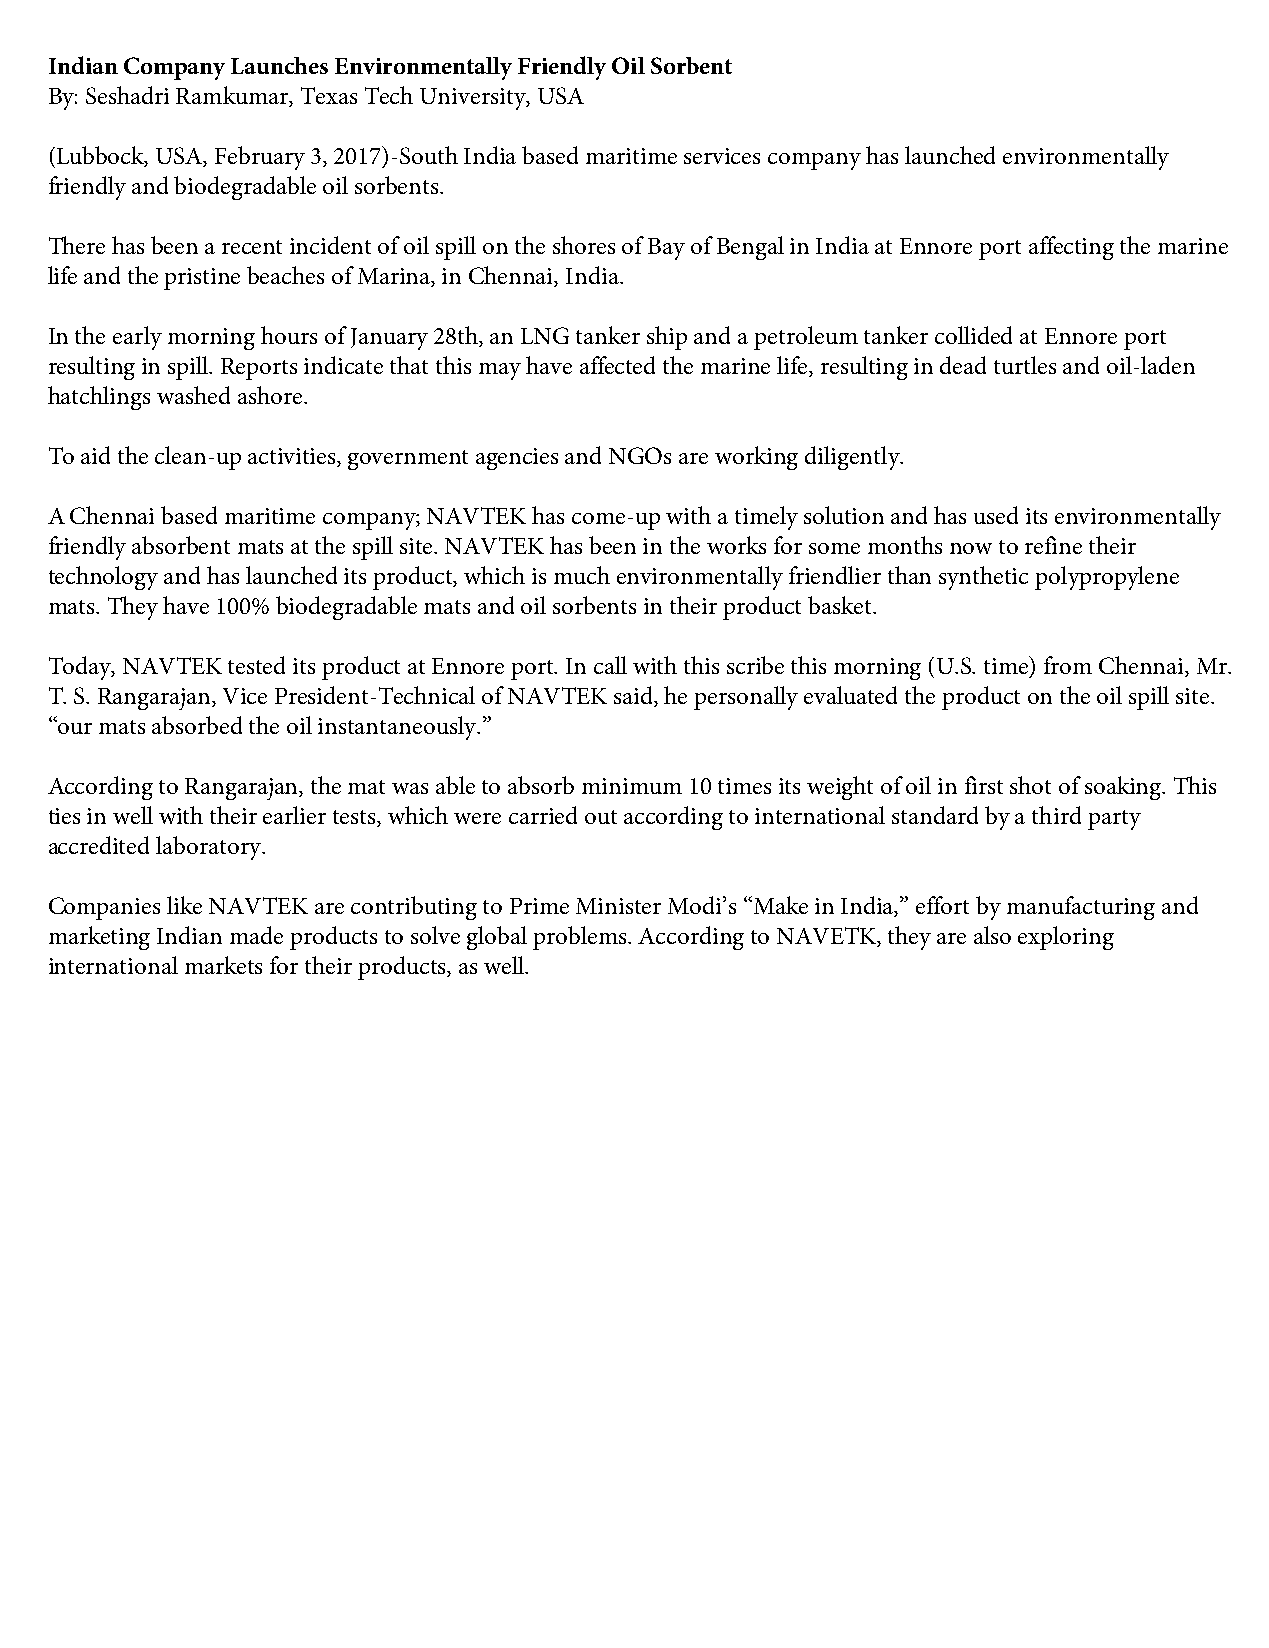
Indian Company Launches Environmentally Friendly Oil Sorbent
 By: Seshadri Ramkumar, Texas Tech University, USA
 (Lubbock, USA, February 3, 2017)-South India based maritime services company has launched environmentally
 friendly and biodegradable oil sorbents.
 There has been a recent incident of oil spill on the shores of Bay of Bengal in India at Ennore port affecting the marine
 life and the pristine beaches of Marina, in Chennai, India.
 In the early morning hours of January 28th, an LNG tanker ship and a petroleum tanker collided at Ennore port
 resulting in spill. Reports indicate that this may have affected the marine life, resulting in dead turtles and oil-laden
 hatchlings washed ashore.
 To aid the clean-up activities, government agencies and NGOs are working diligently.
 A Chennai based maritime company; NAVTEK has come-up with a timely solution and has used its environmentally
 friendly absorbent mats at the spill site. NAVTEK has been in the works for some months now to refine their
 technology and has launched its product, which is much environmentally friendlier than synthetic polypropylene
 mats. They have 100% biodegradable mats and oil sorbents in their product basket.
 Today, NAVTEK tested its product at Ennore port. In call with this scribe this morning (U.S. time) from Chennai, Mr.
 T. S. Rangarajan, Vice President-Technical of NAVTEK said, he personally evaluated the product on the oil spill site.
 “our mats absorbed the oil instantaneously.”
 According to Rangarajan, the mat was able to absorb minimum 10 times its weight of oil in first shot of soaking. This
 ties in well with their earlier tests, which were carried out according to international standard by a third party
 accredited laboratory.
 Companies like NAVTEK are contributing to Prime Minister Modi’s “Make in India,” effort by manufacturing and
 marketing Indian made products to solve global problems. According to NAVETK, they are also exploring
 international markets for their products, as well.